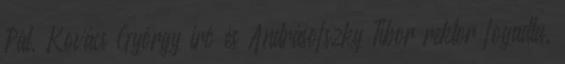
Pál, Kovács György író és Andrásofszky Tibor rektor fogadta.